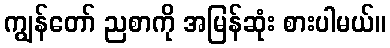
ကျွန်တော် ညစာကို အမြန်ဆုံး စားပါမယ်။